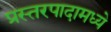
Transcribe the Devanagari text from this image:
प्रस्तरपादामध्ये